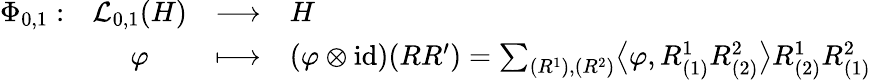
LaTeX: \begin{array}{rcll}{\Phi_{0,1}:}&{\mathcal{L}_{0,1}(H)}&{\longrightarrow}&{H}\\ &{\varphi}&{\longmapsto}&{(\varphi\otimes\mathrm{id})(RR^{\prime})=\sum_{(R^{1}),(R^{2})}\bigl\langle\varphi,R_{(1)}^{1}R_{(2)}^{2}\bigr\rangle R_{(2)}^{1}R_{(1)}^{2}}\end{array}